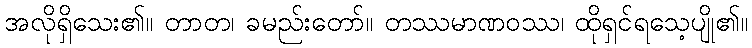
အလိုရှိသေး၏။ တာတ၊ ခမည်းတော်။ တဿမာဏဝဿ၊ ထိုရှင်ရသေ့ပျို၏။